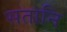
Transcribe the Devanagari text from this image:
सतानि